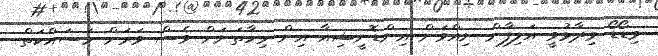
ވިޑޯޑޯ ވިދާޅުވީ އަލިފާން ނިއްވަން އިންޑޮނީޝިއާ އިން މިހާތަނަށް ވެސް ވަރަށް މަސައްކަތް